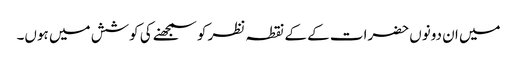
میں ان دونوں حضرات کے کے نقطہ نظر کو سمجھنے کی کوشش میں ہوں۔